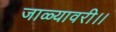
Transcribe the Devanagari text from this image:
जाळ्यावरी।।